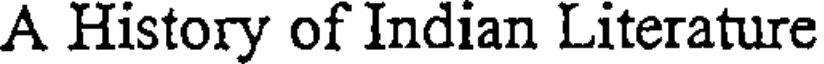
A History of Indian Literature